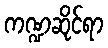
ကဏ္ဍဆိုင်ရာ